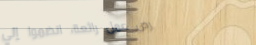
فرص عمل رائعة، انضموا إلي